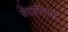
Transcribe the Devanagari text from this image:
वेदान्तिक